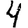
Digit: 4